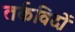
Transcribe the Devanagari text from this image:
तर्कविदों